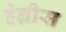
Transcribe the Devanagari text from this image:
हेन्रीस